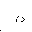
Letter: _non